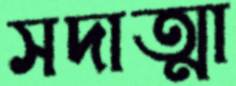
সদাত্মা